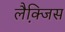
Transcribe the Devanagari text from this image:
लैक्जि़स